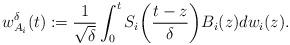
LaTeX: \begin{align*}w_{A_i}^{\delta}(t):= \frac{1}{\sqrt{\delta}}\int_{0}^{t} S_i\bigg(\frac{t-z}{\delta}\bigg)B_i(z)dw_i(z).\end{align*}